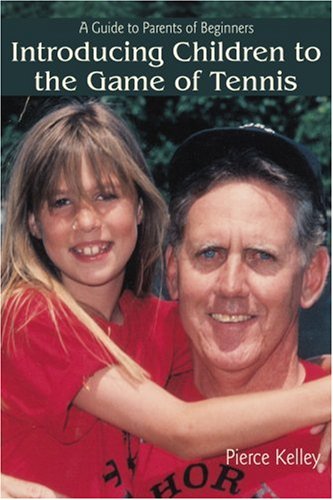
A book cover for Introducing Children to the Game of Tennis: A Guide to Parents of Beginners; pierce kelley; Sports & Outdoors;